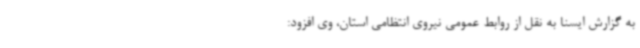
به گزارش ایسنا به نقل از روابط عمومی نیروی انتظامی استان، وی افزود: